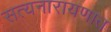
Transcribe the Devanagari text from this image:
सत्यनारायणात